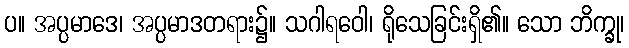
ပ။ အပ္ပမာဒေ၊ အပ္ပမာဒတရား၌။ သဂါရဝေါ၊ ရိုသေခြင်းရှိ၏။ သော ဘိက္ခု၊